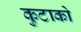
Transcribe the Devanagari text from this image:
कुटाको